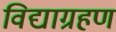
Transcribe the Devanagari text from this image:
विद्याग्रहण